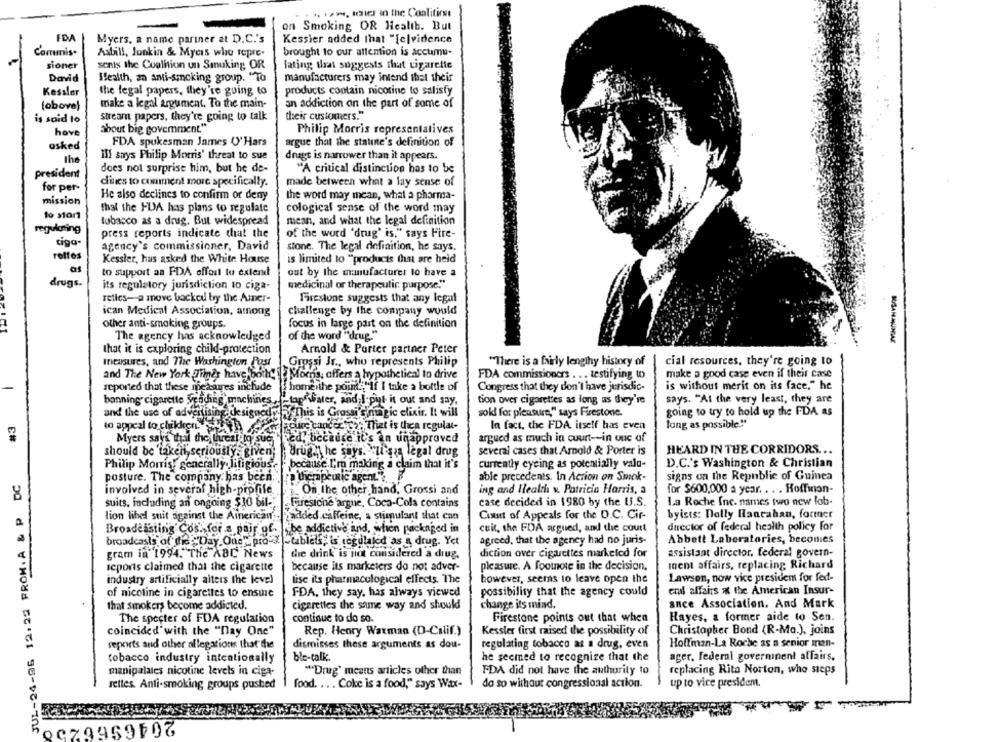
* ***, teater in the Coalition
on Smoking OR Health. But
FDA
Myers, a name pariner at D.C.'s
Kessier added That "le|vidence
Commis.
Astill, Jonkin & Mycis who tepre-
brought to our attention is accumu-
sioner
senis the Coalition un Smuking OR
iating tra suggests that cigarette
David
Health, an anti-smoking group. "To
manufacturers may intend that their
Kessler
the legal papers, they're going to
products contain nicotine to salisfy
make a legal argument. To the main-
an addiction on the part of some of
(obove)
is said to
stream papers, they're going to talk
their customers."
hove
about big govemment."
Philip Morris representatives
asked
FDA spokesman James U'Hars
argue that the statute's definition of
Ill says Philip Morris' threat to sue
drugs is narrower than it appears.
The
does not surprise him, but he de-
"A critical distinction has to be
president
d'ines to comment more specifically.
made between what a lay sense of
for per-
mission
He also declines to confirm or deny
the word may mean, what a pharma-
that the FDA has plans to regulate
cological sense of the word may
tobacco as a drug. But widespread
mean, and what the legal definition
regulating
press reports indicate that the
of the word 'drug' is," says Fire-
tiga-
agency's commissioner, David
stone. The legal definition, he says,
rolfes
is limited to "products that are held
Kessler, hus asked the White House
as
to support an FDA offail to extend
out by the manufacturer to have a
drugs.
its regulatory jurisdiction to ciga-
medicinal or therapeutic purpose."
Telles- a move backed by the Amer-
Firestone suggests that any legal
ican Medical Association, among
challenge by the company would
Other anti-smoking groups.
focus in large part on the definition
The agency has acknowledged
of the word "drug."
RISANAUNGAS
that it is exploring child-protection
Arnold & Porter partner Peter
Ineusures, and The Washington Post
Grossi Jr ., who represents Philip
"There is a fairly lengthy history of
cial resources, they're going to
and The New York Times have both! !: Moins, offers a hypothetical to drive
FDA commissioners ... testifying to
make a good case even if their case
reported that these measures include
is without merit on its face," he
home the points"if I take a bottle of
Congress that they don't have jurisdic-
banning cigarette Scoding machines ,.- tap water, and I put it out and say,
tion over cigarettes as long as they're
says. "At the very least, they are
and the use of advertising designedofthis is Grossi's magic elixir. It will
sokl for pleasure," says Firestone.
going to try to hold up the FDA as
#3
lang as possible .!*
to appeal to chiken. ) nelaour cancerch" That is thea regular-
In fact, the FDA itself has even
argued as much in court -- in ouc of
Myers says that the Lucal to sue,
Ped, because it's an unapproved
should be taken seriously, given;
Brug. he says. "li gia legal drug
several cases that Arnold & Porter is
HEARD IN THE CORRIDORS ...
Philip Morrist generally Jifigious?
,because I'm making a claim that it's
currently eyeing as potentially vala-
D.C.'s Washington & Christian
JUL-24-95 12:22 FROM. A & P DC
posture. The company has been
a therapeutic agent." ?.
able precedents. In Action on Smok-
signs on the Republic of Guinea
involved in several high-profile.
ing and Health v. Patricia Harris, a
for $600,000 a year. . . . Hoffinon-
On the other hand, Grossi and
suits. including an ongoing $10 bil-
Furesione'argue, Coca-Cola contains
case decided in 1980 by the U.S.
La Roche Inc. names two new lob-
lion libel suit against the American ..
added.caffeine, a stimulant that can
Cost of Appeals for the O.C. Cir-
byists: Dolly Hanrahan, former
Broadelsting Cos. for a pair of. "be addictive and, when packnged in
cuit, the FDA argued, and the court
director of federal health policy for
broadcasts of the "Day One, pro- ~ tablets; is regulated as a drug. Yet
agreed, that the ageney had no juris-
Abbott Laboratories, beconies
gram in 1994. The ABC News
die drink is not considered a drug.
diction over cigarettes marketed for
assistant director, federal govern-
Inent affairs, replacing Richard
icports claimed that the cigarette
because its marketers do not adver-
pleasure. A footnote in the decision,
however, seems to leave open the
Lawson, now vice presiden for fed-
industry artificially alters the level
lise its pharmacological effects. The
of nicotine in cigarettes to ensure
FDA, they say, has always viewed
possibility that the agency could
end affairs & the American Insur-
that smokers become addicted.
cigarettes the same way and should
change its mind.
ance Association. And Mark
The specter of FDA regulation
continue to do so.
Firestone points out that when
Hayes, a former aide to Sen.
coincided'with the "Day One"
Rep. Henry Waxman (D-Calif.)
Kessler first raised the possibility of
Christopher Bond (R-Mo.), joins
reports and other allegations that the
dismisses these arguments as dou-
regulating tobacco as a drug, even
Hoffman-La Roche as a senior men-
tobacco industry intentionally
ble-talk
he seemed to recognize that the
ager, federal governinent affairs,
manipalales nicotine levels in ciga-
"Drug' means articles other than
FDA did not have the authority to
replacing Rita Norton, who sieps
up to vice president.
rettes. Anti-smoking groups pushed
food. ... Coke is a food," says Wax-
do so without congressional action.
2046966250